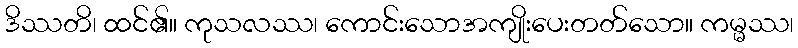
ဒိဿတိ၊ ထင်၏။ ကုသလဿ၊ ကောင်းသောအကျိုးပေးတတ်သော။ ကမ္မဿ၊